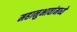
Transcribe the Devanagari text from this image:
महानुभावांमध्ये